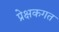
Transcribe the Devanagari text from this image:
प्रेक्षकगत